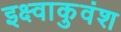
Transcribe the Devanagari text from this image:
इक्ष्वाकुवंश